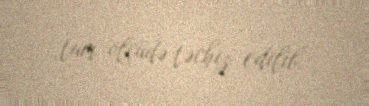
tam ölçüdə təchiz edilib.